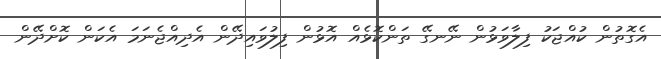
އެގޮތުން ކުއްޖަކު ފިލާވަޅުން ނޭނގޭ ތަންކޮޅެއް އޮޅުން ފިލުވައިދޭން އެދިއްޖެނަމަ އެކަން ކޮށްދޭން